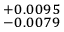
^ { + 0 . 0 0 9 5 } _ { - 0 . 0 0 7 9 }